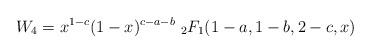
LaTeX: \begin{align*}W_4=x^{1-c}(1-x)^{c-a-b}\ _2F_1(1-a,1-b,2-c,x)\end{align*}